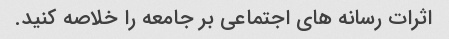
اثرات رسانه های اجتماعی بر جامعه را خلاصه کنید.